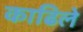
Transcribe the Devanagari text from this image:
काढिले